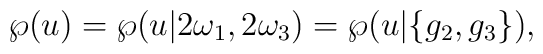
\wp(u)=\wp(u|2\omega_1,2\omega_3)=\wp(u|\{g_2,g_3\}),